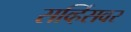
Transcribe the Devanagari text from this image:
सर्व्हिसवर